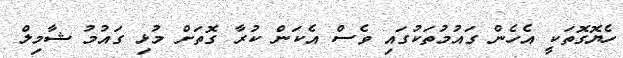
ހެޔޮގޮތަކީ އެހެން ގައުމުތަކުގައި ވެސް އެކަން ކުރާ ގޮތަށް މުޅި ގައުމު ޝާމިލް